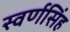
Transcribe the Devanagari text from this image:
स्वर्णसिंह